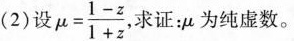
(2)设μ $$u= \frac{1-z}{1+z}$$ 求证：μ为纯虚数。